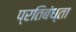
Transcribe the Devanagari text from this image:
प्रतिबंध्ता